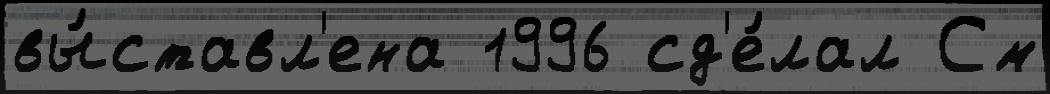
вы́ставл'ена 1996 сд'е́лал См